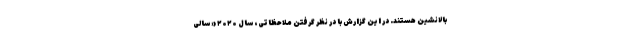
بالانشین هستند. در این گزارش با در نظر گرفتن ملاحظاتی، سال ۲۰۲۰ «سالی